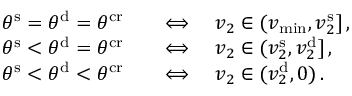
\begin{array} { r l } { \theta ^ { \mathrm { s } } = \theta ^ { \mathrm { d } } = \theta ^ { \mathrm { c r } } \quad } & { \Longleftrightarrow \quad v _ { 2 } \in ( v _ { \operatorname* { m i n } } , v _ { 2 } ^ { \mathrm { s } } ] \, , } \\ { \theta ^ { \mathrm { s } } < \theta ^ { \mathrm { d } } = \theta ^ { \mathrm { c r } } \quad } & { \Longleftrightarrow \quad v _ { 2 } \in ( v _ { 2 } ^ { \mathrm { s } } , v _ { 2 } ^ { \mathrm { d } } ] \, , } \\ { \theta ^ { \mathrm { s } } < \theta ^ { \mathrm { d } } < \theta ^ { \mathrm { c r } } \quad } & { \Longleftrightarrow \quad v _ { 2 } \in ( v _ { 2 } ^ { \mathrm { d } } , 0 ) \, . } \end{array}